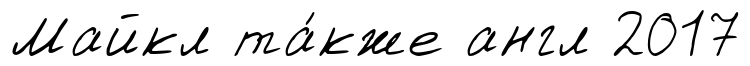
Майкл та́кже англ 2017